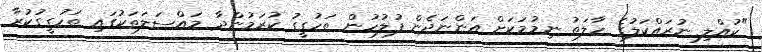
"ކުއްލި ނުރައްކަލުގެ ހާލަތު ނިމުމަކަށް އަންނަދެން ފުލުހުން ތަހުގީގު ކުރަމުންދާ މައްސަލަތަކުގައި ތަހުގީގުކުރާ